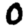
Digit: 0